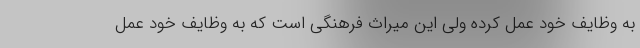
به وظایف خود عمل کرده ولی این میراث فرهنگی است که به وظایف خود عمل